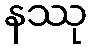
နဿု